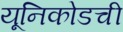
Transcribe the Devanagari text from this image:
यूनिकोडची